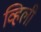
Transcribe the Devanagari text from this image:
व्हिली